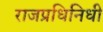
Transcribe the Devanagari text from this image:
राजप्रधिनिधी